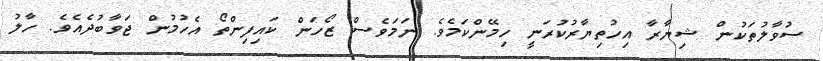
ސުވާލުތަކުން ޝިޔާރާ އިހުތިޔާރުކުރަނީ ހިމޭންކަމެވެ. ނަމަވެސް ޒޯހަން ކައިފިންތޯ އެހުމުން ޖަވާބުދެއެވެ. ހާލު